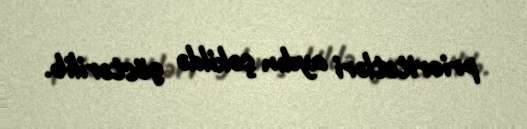
prioritetləri aydın şəkildə göstərilib.